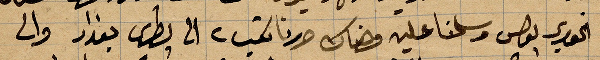
الخوري بولس وسلمنا عليه وهناك حررنا كتب ٢ الى بطرس بغداد والى